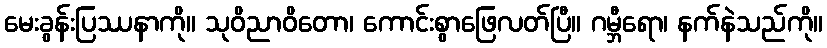
မေးခွန်းပြဿနာကို။ သုဝိညာဝိတော၊ ကောင်းစွာဖြေလတ်ပြီ။ ဂမ္ဘီရော၊ နက်နဲသည်ကို။